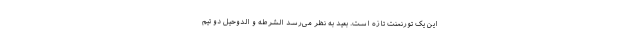
این یک تورنمنت تازه است. بعید به نظر می‌رسد الشرطه و الدوحیل دو تیم